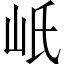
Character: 㞴